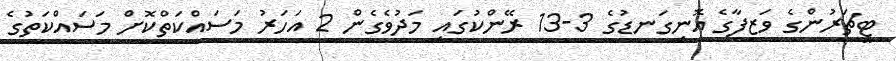
ޓީޗަރުންގެ ވަޒީފާގެ އޮނިގަނޑުގެ 3-13 ރޭންކުގައި މަދުވެގެން 2 އަހަރު މަސައްކަތްކޮށް މަސައްކަތުގެ